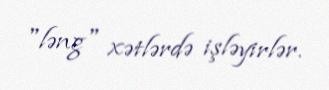
"ləng" xətlərdə işləyirlər.